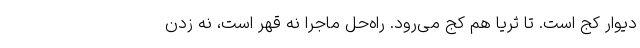
دیوار کج است. تا ثریا هم کج می‌رود. راه‌حل ماجرا نه قهر است، نه زدن